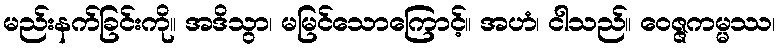
မည်းနက်ခြင်းကို။ အဒိသွာ၊ မမြင်သောကြောင့်။ အဟံ၊ ငါသည်။ ဝေဇ္ဇကမ္မဿ၊